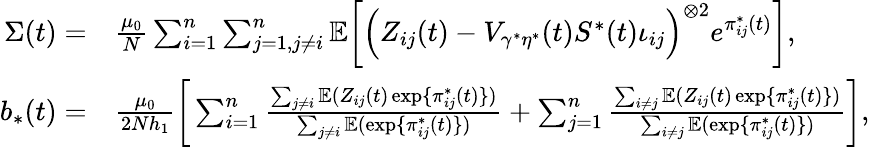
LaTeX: \begin{array}{rl}{\Sigma(t)=}&{\frac{\mu_{0}}{N}\sum_{i=1}^{n}\sum_{j=1,j\neq i}^{n}\mathbb{E}\bigg[\Big(Z_{ij}(t)-V_{\gamma^{*}\eta^{*}}(t)S^{*}(t)\iota_{ij}\Big)^{\otimes 2}e^{\pi_{ij}^{*}(t)}\bigg],}\\ {b_{*}(t)=}&{\frac{\mu_{0}}{2Nh_{1}}\bigg[\sum_{i=1}^{n}\frac{\sum_{j\neq i}\mathbb{E}(Z_{ij}(t)\exp\{ \pi_{ij}^{*}(t)\} )}{\sum_{j\neq i}\mathbb{E}(\exp\{ \pi_{ij}^{*}(t)\} )}+\sum_{j=1}^{n}\frac{\sum_{i\neq j}\mathbb{E}(Z_{ij}(t)\exp\{ \pi_{ij}^{*}(t)\} )}{\sum_{i\neq j}\mathbb{E}(\exp\{ \pi_{ij}^{*}(t)\} )}\bigg],}\end{array}